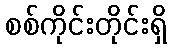
စစ်ကိုင်းတိုင်းရှိ